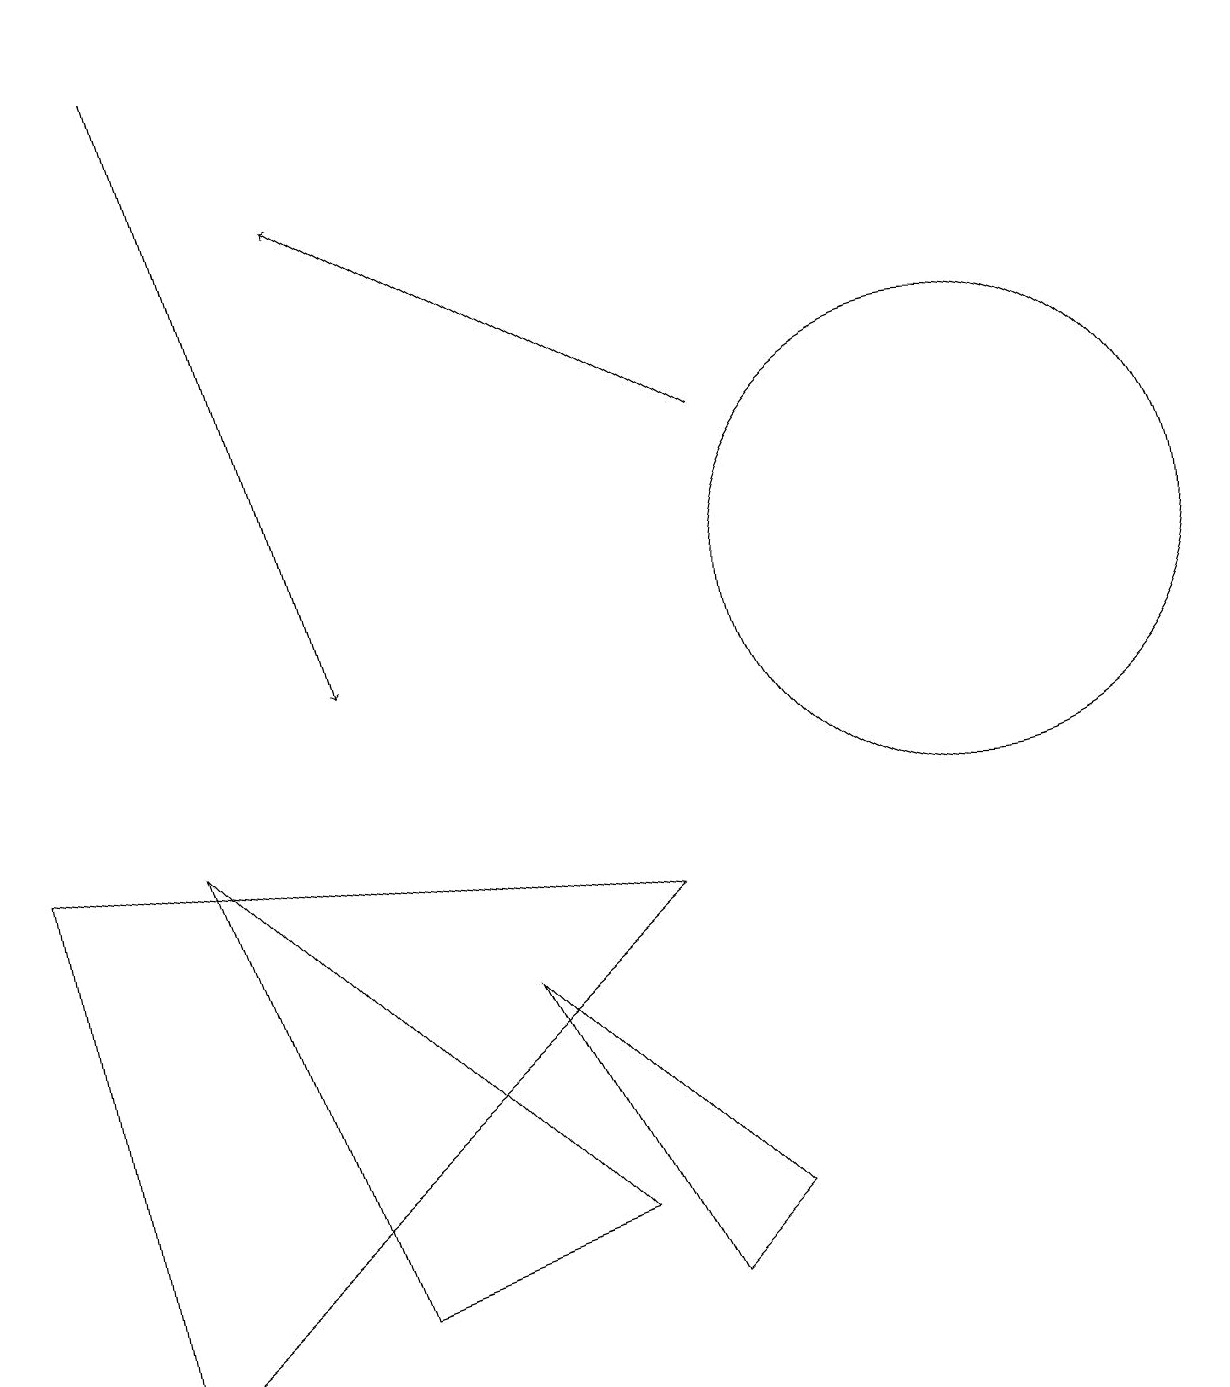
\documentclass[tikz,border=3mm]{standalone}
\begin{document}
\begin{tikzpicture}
\draw[->] (9,13) -- (4,16);
\draw[->] (2,18) -- (4,10);
\draw (8,2) -- (9,3) -- (6,6) -- cycle;
\draw (0,8) -- (1,1) -- (8,7) -- cycle;
\draw (4,14) rectangle (4,14);
\draw (12,11) circle (3);
\draw (7,3) -- (2,8) -- (4,2) -- cycle;
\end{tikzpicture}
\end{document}